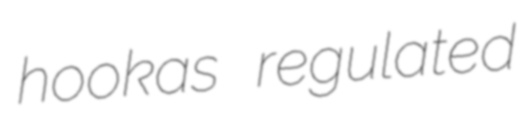
hookas regulated